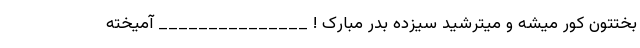
بختتون کور میشه و میترشید سیزده بدر مبارک ! _______________ آمیخته